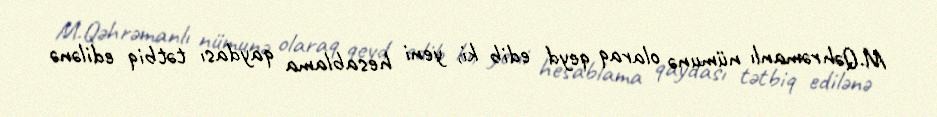
M.Qəhrəmanlı nümunə olaraq qeyd edib ki, yeni hesablama qaydası tətbiq edilənə